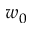
w _ { 0 }